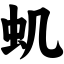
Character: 虮